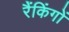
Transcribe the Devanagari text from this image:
रैंकिंगों